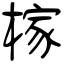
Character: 榢